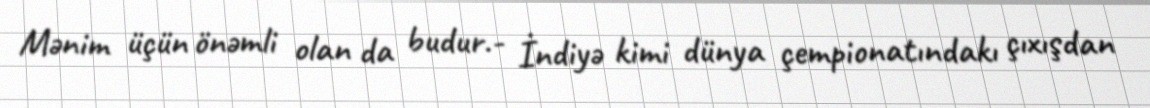
Mənim üçün önəmli olan da budur.- İndiyə kimi dünya çempionatındakı çıxışdan